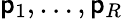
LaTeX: \mathsf{p}_{1},\dots,\mathsf{p}_{R}